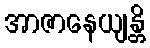
အာဇာနေယျန္တိ